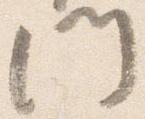
門